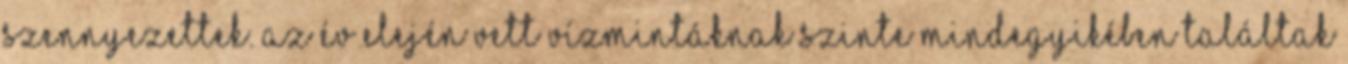
szennyezettek. Az év elején vett vízmintáknak szinte mindegyikében találtak